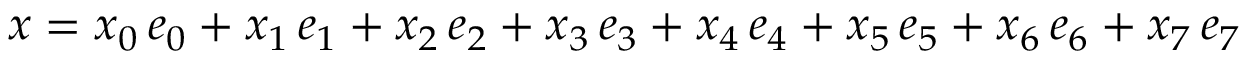
x = x _ { 0 } \, e _ { 0 } + x _ { 1 } \, e _ { 1 } + x _ { 2 } \, e _ { 2 } + x _ { 3 } \, e _ { 3 } + x _ { 4 } \, e _ { 4 } + x _ { 5 } \, e _ { 5 } + x _ { 6 } \, e _ { 6 } + x _ { 7 } \, e _ { 7 }